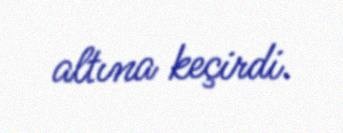
altına keçirdi.